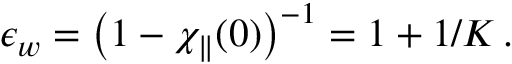
\epsilon _ { w } = \left( 1 - \chi _ { \parallel } ( 0 ) \right) ^ { - 1 } = 1 + 1 / K \, .